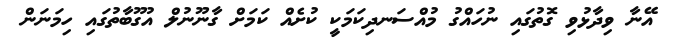
އޭނާ ވިދާޅުވި ގޮތުގައި ނުހައްގު މުއްސަނދިކަމަކީ ކުށެއް ކަމަށް ގާނޫނުލް އުގޫބާތުގައި ހިމަނަން